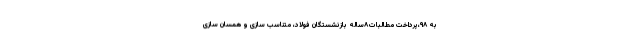
به ۹۸،پرداخت مطالبات٨ساله بازنشستگان فولاد، متناسب سازی و همسان سازی